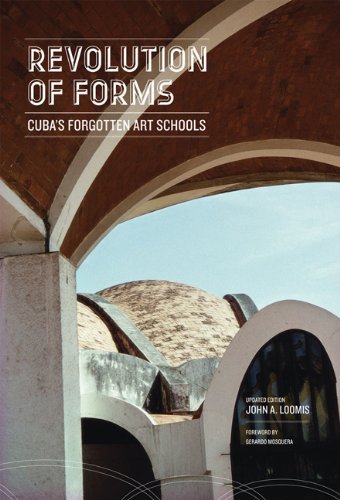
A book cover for Revolution of Forms Updated Edition: Cuba's Forgotten Art Schools; John A. Loomis; Arts & Photography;